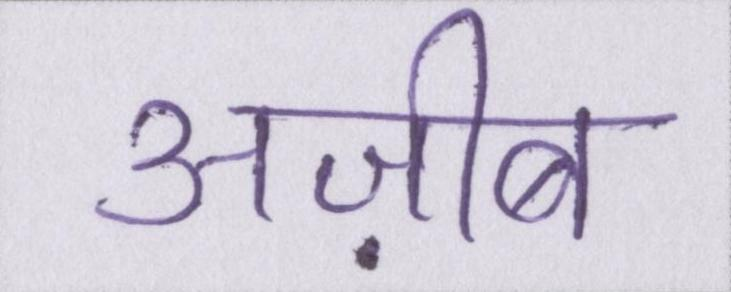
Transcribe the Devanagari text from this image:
अज़ीब